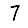
Digit: 7